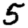
Digit: 5